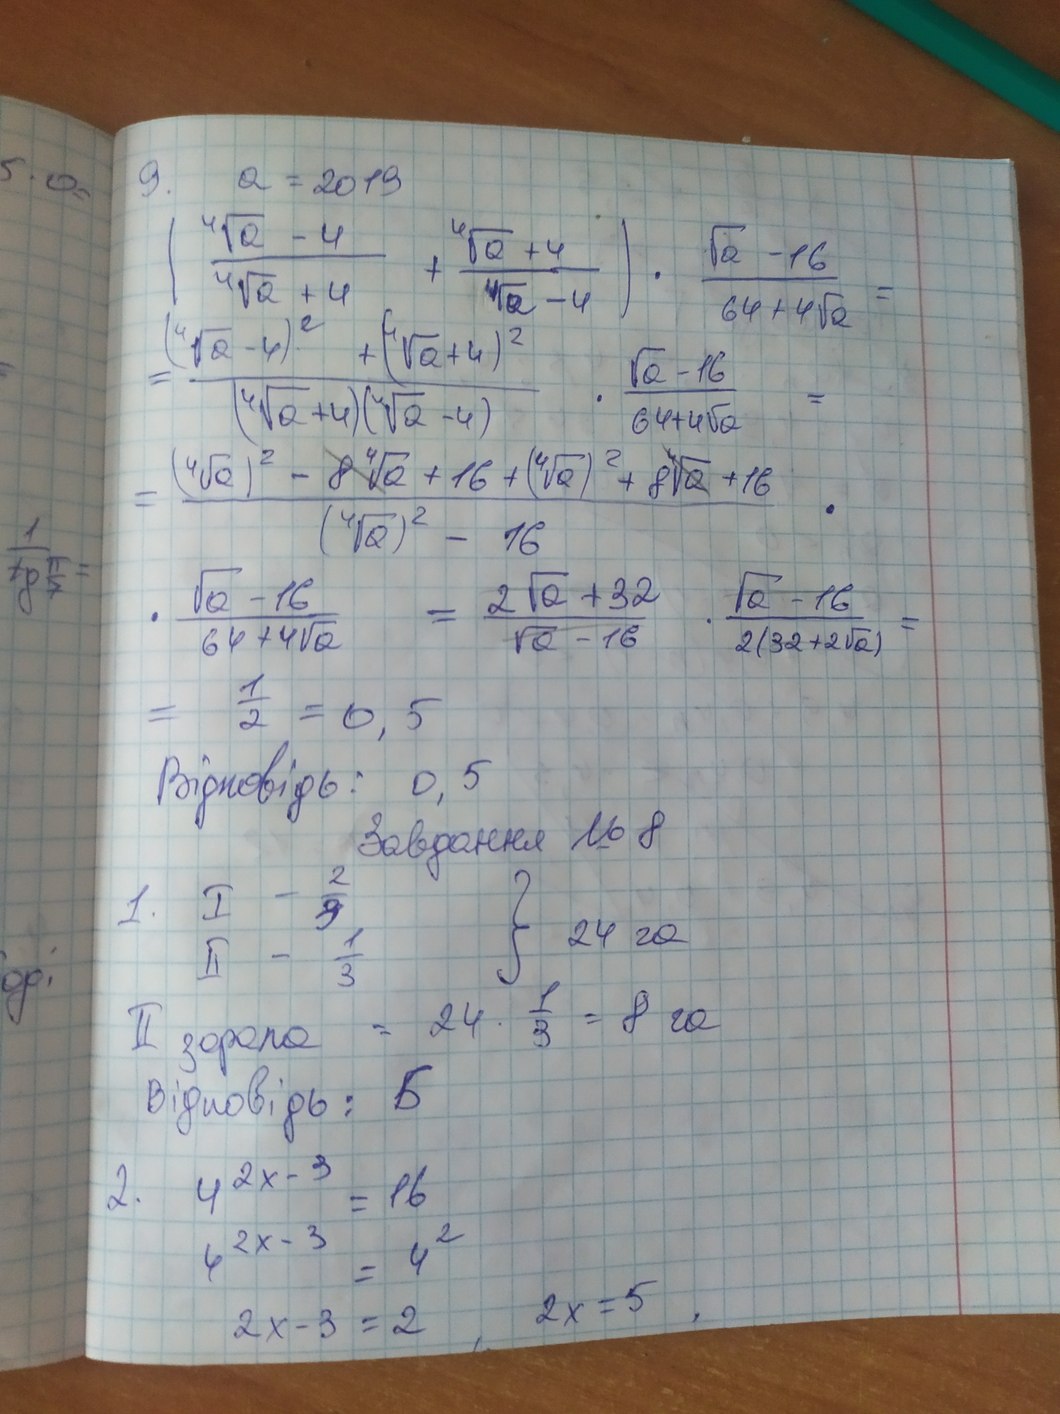
5*0 =
9. а = 2019
((4√а - 4) / (4√а + 4) + (4√а +4) / (4√а - 4)) ⋅ (√а - 16) / (64 + 4√а) =
= ((4√а - 4)^2 + (4√а + 4)^2) / (4√а + 4)(4√а - 4) ⋅ (√а - 16) / (64 + 4√а) =
= ((4√а)^2 - ~~84√а~~ + 16 + (4√а)^2 + ~~84√а~~ + 16) / ((4√а)^2 - 16) ⋅
1/tg π/7 =
⋅ (√а - 16) / (64 + 4√а)  = (2√а + 32) / ~~(√а - 16)~~ ⋅ ~~(√а - 16)~~ / 2(32 + 2√а) =
= 1/2 = 0,5
Відповідь: 0,5
Завдання №8
1. I - 2/3
} 24 га
II - 1/3
ор:
II задача = 24 ⋅ 1/3 = 8 га
Відповідь: Б
2.  4^(2х - 3) = 16
4^(2х - 3) = 4^2
2x - 3 = 2, 2х = 5,